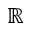
\mathbb { R }